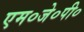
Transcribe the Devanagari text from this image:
एम०जे०पी०